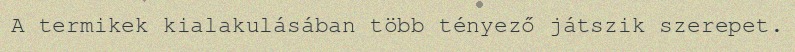
A termikek kialakulásában több tényező játszik szerepet.